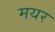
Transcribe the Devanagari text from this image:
मयर